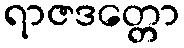
ရာဇဒတ္တော